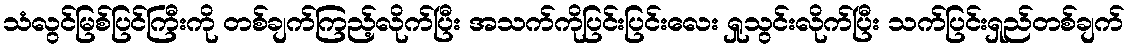
သံလွင်မြစ်ပြင်ကြီးကို တစ်ချက်ကြည့်လိုက်ပြီး အသက်ကိုပြင်းပြင်းလေး ရှုသွင်းလိုက်ပြီး သက်ပြင်းရှည်တစ်ချက်